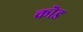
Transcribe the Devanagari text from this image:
कॊड